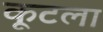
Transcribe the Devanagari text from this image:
कूटला